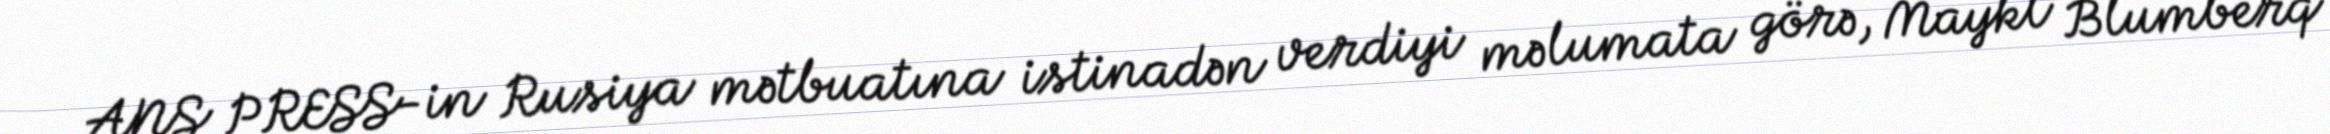
ANS PRESS-in Rusiya mətbuatına istinadən verdiyi məlumata görə, Maykl Blumberq